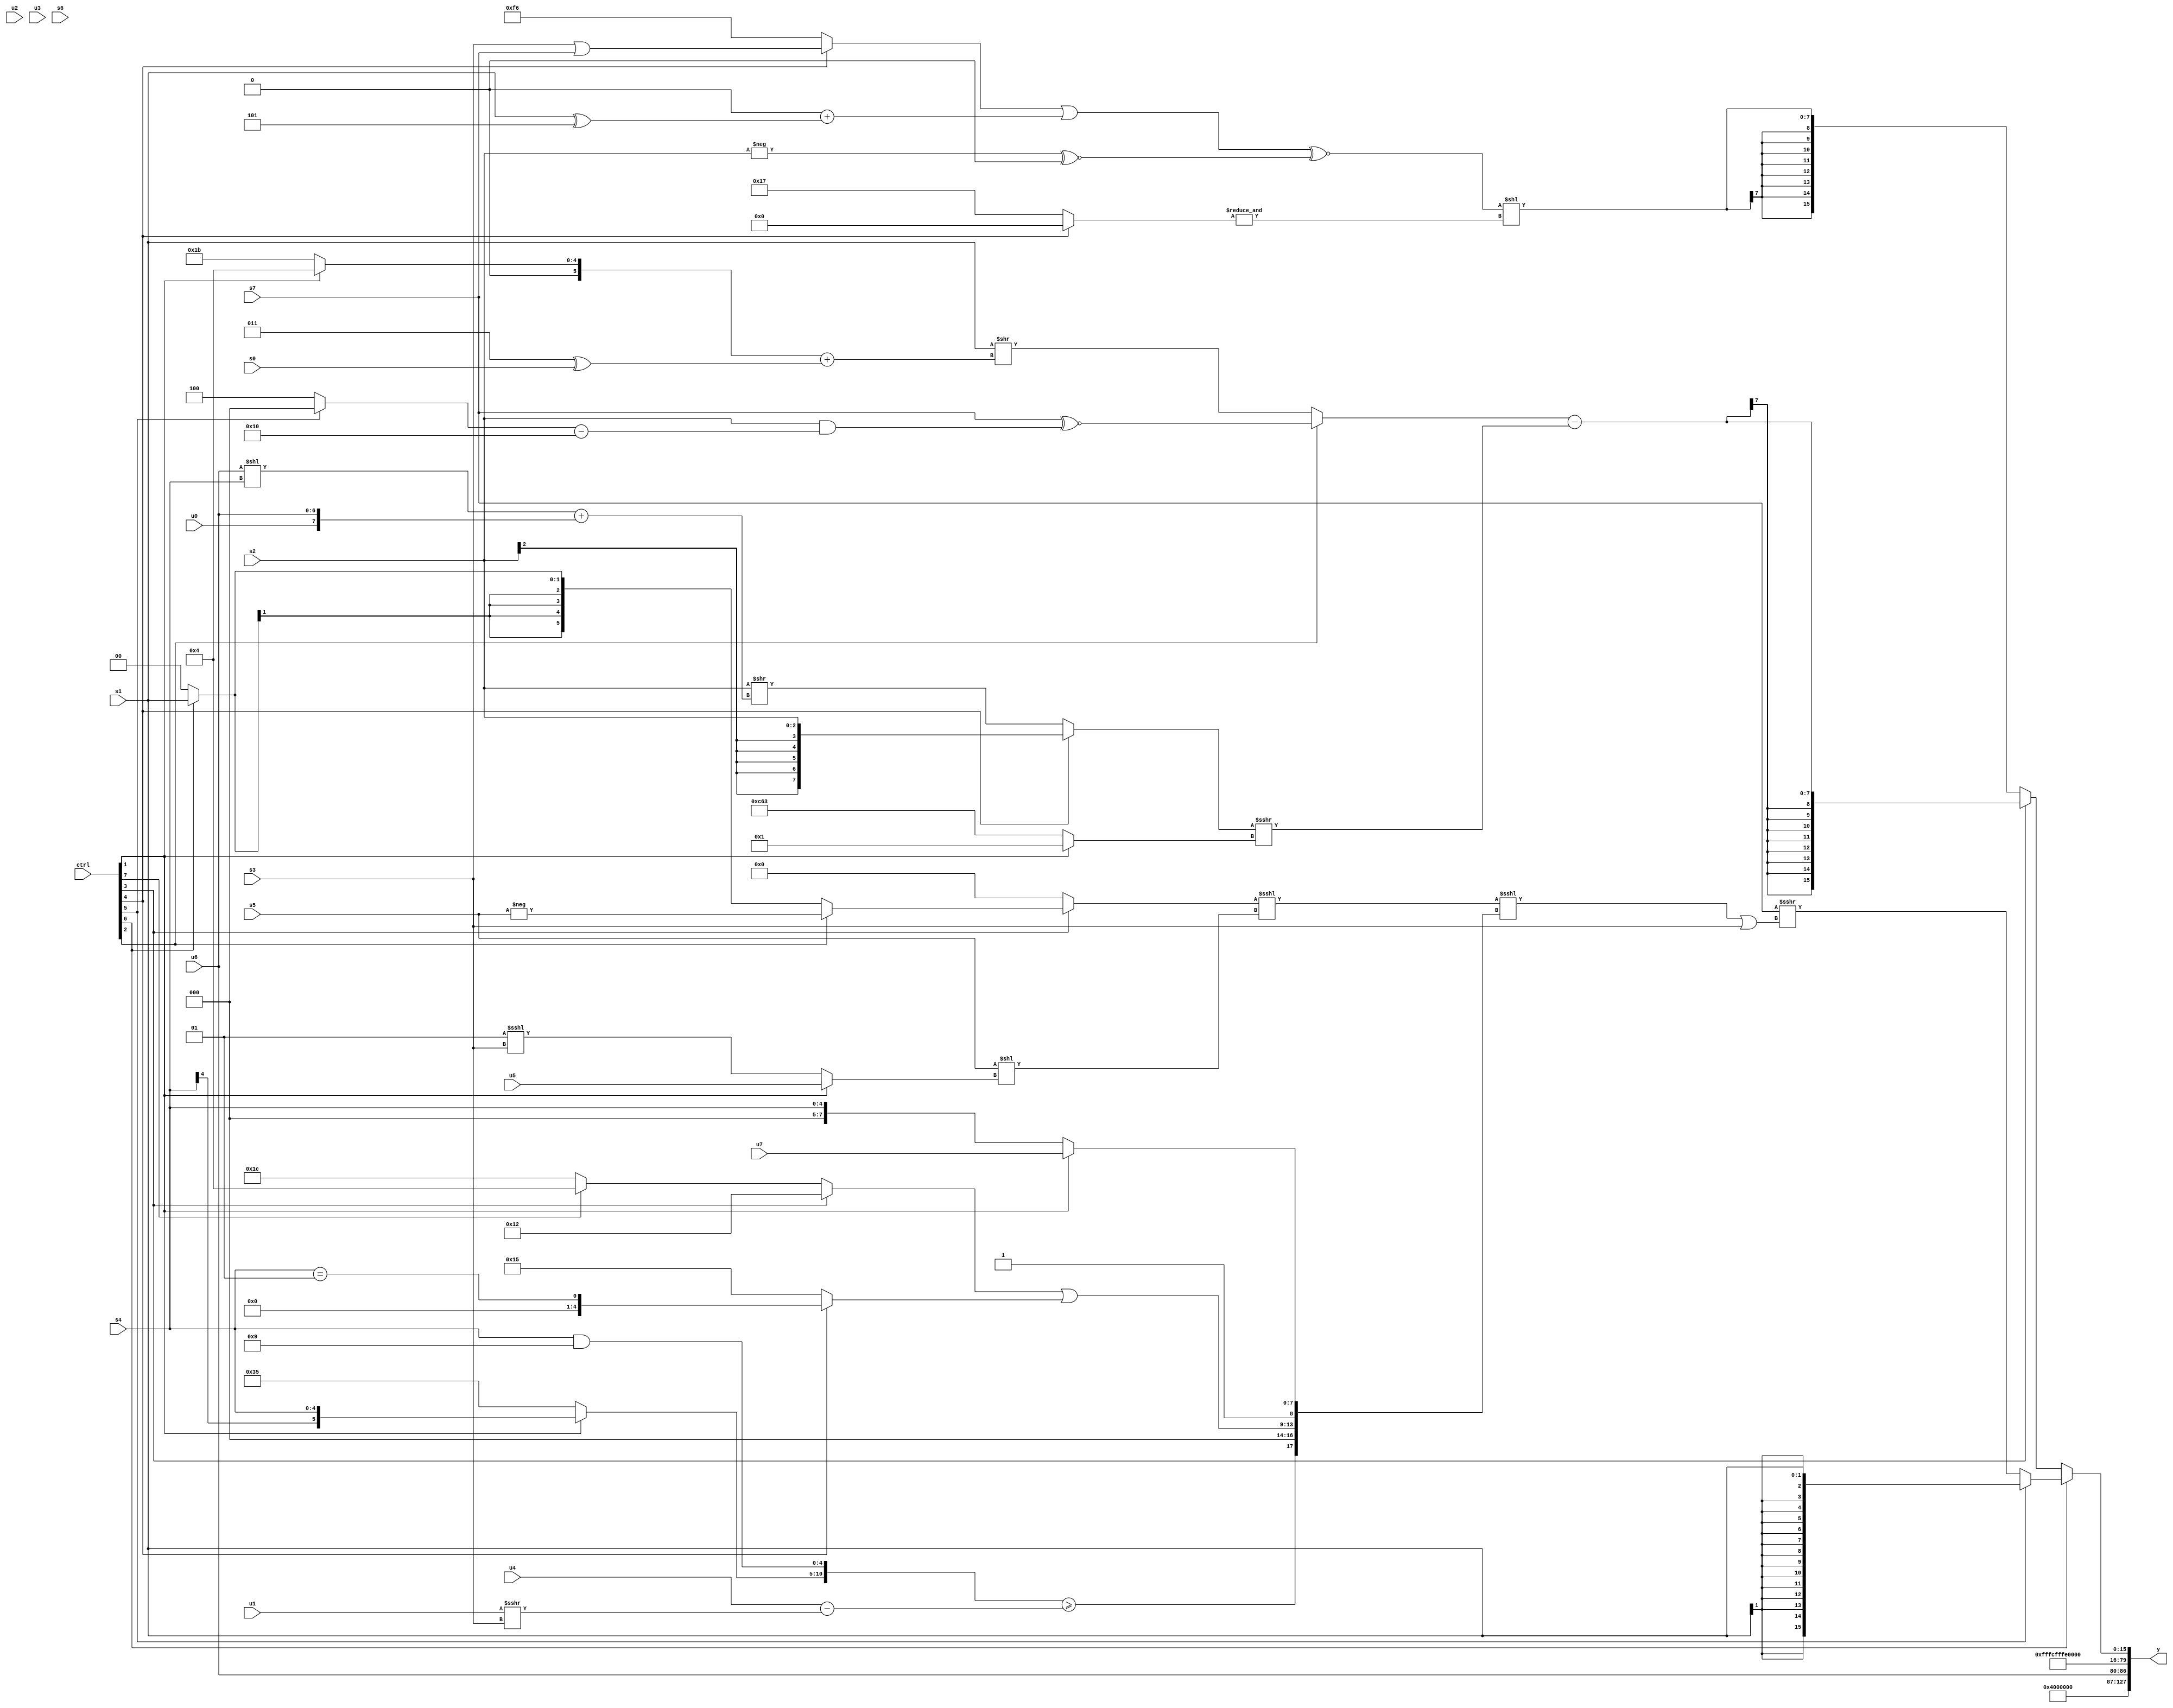
module wideexpr_00700(ctrl, u0, u1, u2, u3, u4, u5, u6, u7, s0, s1, s2, s3, s4, s5, s6, s7, y);
  input [7:0] ctrl;
  input [0:0] u0;
  input [1:0] u1;
  input [2:0] u2;
  input [3:0] u3;
  input [4:0] u4;
  input [5:0] u5;
  input [6:0] u6;
  input [7:0] u7;
  input signed [0:0] s0;
  input signed [1:0] s1;
  input signed [2:0] s2;
  input signed [3:0] s3;
  input signed [4:0] s4;
  input signed [5:0] s5;
  input signed [6:0] s6;
  input signed [7:0] s7;
  output [127:0] y;
  wire [15:0] y0;
  wire [15:0] y1;
  wire [15:0] y2;
  wire [15:0] y3;
  wire [15:0] y4;
  wire [15:0] y5;
  wire [15:0] y6;
  wire [15:0] y7;
  assign y = {y0,y1,y2,y3,y4,y5,y6,y7};
  assign y0 = 3'sb010;
  assign y1 = 2'sb00;
  assign y2 = u6;
  assign y3 = ~|(1'sb1);
  assign y4 = 4'sb1100;
  assign y5 = 2'sb10;
  assign y6 = ^(1'sb0);
  assign y7 = (ctrl[6]?(ctrl[5]?s1:($signed(s7))>>>(((((ctrl[3]?(ctrl[2]?-(s5):(ctrl[6]?s1:1'sb0)):(-(4'sb1100))<<(6'sb101111)))<<<((s5)<<((ctrl[1]?$signed(u5):(6'sb000001)<<<(s3)))))<<<({({(ctrl[1]?s4:6'sb110101),(s4)&(5'sb11001)})>=(($signed(u4))-((u1)>>>(s3))),((ctrl[3]?{1{5'sb10010}}:(ctrl[7]?4'b0100:5'b11100)))|((ctrl[4]?(s4)==(3'sb001):{5'sb00010,3'sb101})),$signed(1'sb1),(ctrl[1]?u7:s4)}))|(s3))):(ctrl[3]?$signed(((ctrl[2]?(s7)^~((+(s2))&(((ctrl[5]?1'sb0:3'sb100))-(5'sb10000))):(s1)>>($signed(((ctrl[1]?4'sb0100:6'sb011011))+((4'sb0011)^(s0))))))-(((ctrl[4]?s2:(s2)>>(((u6)<<(s4))+({u0,u6}))))>>>((ctrl[1]?2'sb01:{3{5'sb00011}})))):$signed((($signed(((ctrl[4]?(s3)|(s7):6'sb110110))|(((s5)>>(4'sb1010))+((s1)^(5'sb11101)))))^~((-($signed($signed(s2))))^~(+($unsigned(&(2'sb10))))))<<(&((ctrl[4]?1'sb0:5'sb10111))))));
endmodule